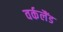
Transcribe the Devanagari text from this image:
वर्कलैंड